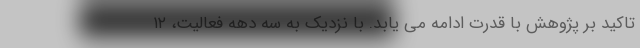
تاکید بر پژوهش با قدرت ادامه می یابد. با نزدیک به سه دهه فعالیت، ١٢